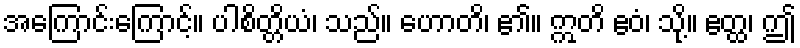
အကြောင်းကြောင့်။ ပါစိတ္တိယံ၊ သည်။ ဟောတိ၊ ၏။ ဣတိ ဧဝံ၊ သို့။ ဧတ္ထ၊ ဤ